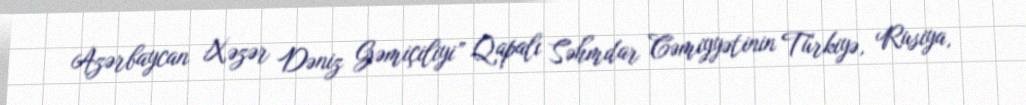
Azərbaycan Xəzər Dəniz Gəmiçiliyi” Qapalı Səhmdar Cəmiyyətinin Türkiyə, Rusiya,